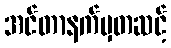
အင်တာနက်မှတဆင့်